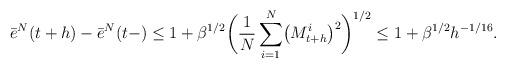
LaTeX: \begin{align*}\bar{e}^{N}(t+h)-\bar{e}^{N}(t-)\leq1+\beta^{1/2}\biggl(\frac{1}{N}\sum_{i=1}^{N}\bigl(M_{t+h}^{i}\bigr)^{2}\biggr)^{1/2}\leq1+\beta^{1/2}h^{-1/16}.\end{align*}